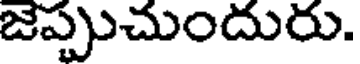
జప్పుచుందురు.